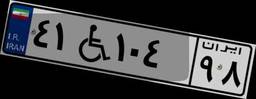
۴۱W۱۰۴۹۸